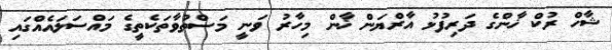
ޝާހް ރުކް ޚާންގެ ދަރިފުޅު އާރްޔަން ޚާން މިހާރު ވަނީ މަސްތުވާތަކެތީގެ މައްސަލައެއްގައި